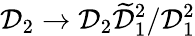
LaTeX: \mathcal{D}_{2}\to\mathcal{D}_{2}\widetilde{\mathcal{D}}_{1}^{2}/\mathcal{D}_{1}^{2}